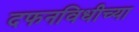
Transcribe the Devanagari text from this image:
दफनविधीच्या